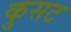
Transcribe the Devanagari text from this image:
कुसट